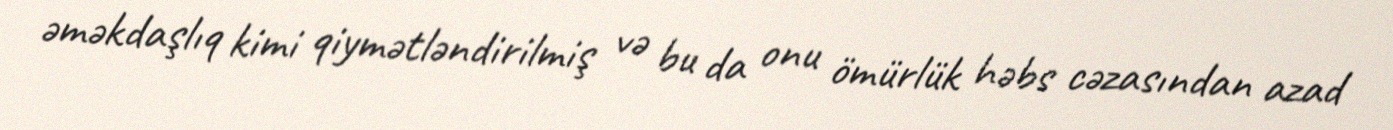
əməkdaşlıq kimi qiymətləndirilmiş və bu da onu ömürlük həbs cəzasından azad